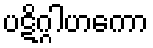
ပဋိဂ္ဂါဟကော